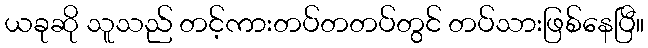
ယခုဆို သူသည် တင့်ကားတပ်တတပ်တွင် တပ်သားဖြစ်နေပြီ။